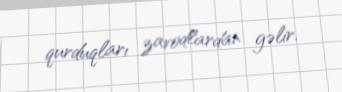
qurduqları zavodlardan gəlir.